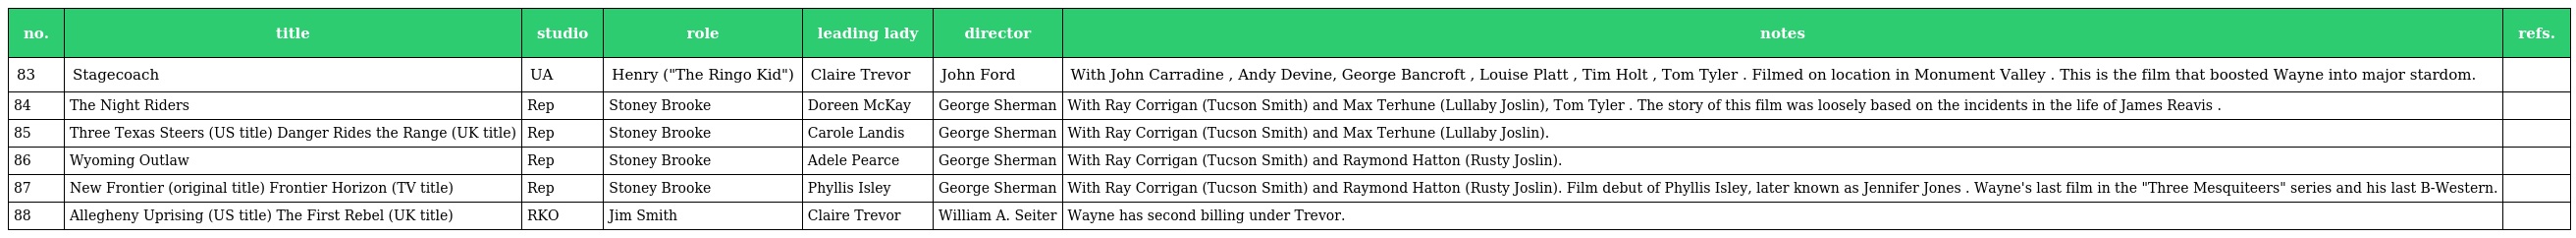
| no. | title | studio | role | leading lady | director | notes | refs. |
 | --- | --- | --- | --- | --- | --- | --- | --- |
 | 83 | Stagecoach | UA | Henry ("The Ringo Kid") | Claire Trevor | John Ford | With John Carradine , Andy Devine, George Bancroft , Louise Platt , Tim Holt , Tom Tyler . Filmed on location in Monument Valley . This is the film that boosted Wayne into major stardom. |  |
 | 84 | The Night Riders | Rep | Stoney Brooke | Doreen McKay | George Sherman | With Ray Corrigan (Tucson Smith) and Max Terhune (Lullaby Joslin), Tom Tyler . The story of this film was loosely based on the incidents in the life of James Reavis . |  |
 | 85 | Three Texas Steers (US title) Danger Rides the Range (UK title) | Rep | Stoney Brooke | Carole Landis | George Sherman | With Ray Corrigan (Tucson Smith) and Max Terhune (Lullaby Joslin). |  |
 | 86 | Wyoming Outlaw | Rep | Stoney Brooke | Adele Pearce | George Sherman | With Ray Corrigan (Tucson Smith) and Raymond Hatton (Rusty Joslin). |  |
 | 87 | New Frontier (original title) Frontier Horizon (TV title) | Rep | Stoney Brooke | Phyllis Isley | George Sherman | With Ray Corrigan (Tucson Smith) and Raymond Hatton (Rusty Joslin). Film debut of Phyllis Isley, later known as Jennifer Jones . Wayne's last film in the "Three Mesquiteers" series and his last B-Western. |  |
 | 88 | Allegheny Uprising (US title) The First Rebel (UK title) | RKO | Jim Smith | Claire Trevor | William A. Seiter | Wayne has second billing under Trevor. |  |